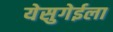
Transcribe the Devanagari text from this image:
येसुगेईला